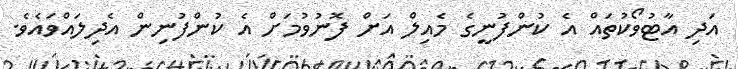
އަދި އާޓުވޯކުތައް އެ ކުންފުނީގެ މެއިލް އަށް ފޮނުވުމަށް އެ ކުންފުނިން އެދިލައްވައެވެ.